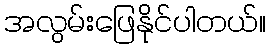
အလွမ်းဖြေနိုင်ပါတယ်။